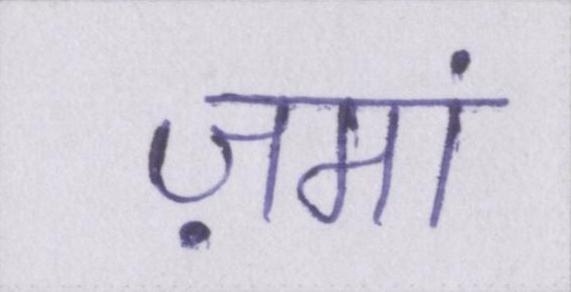
ज़मां